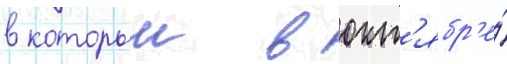
в которыи в окт'ябр'е́